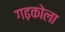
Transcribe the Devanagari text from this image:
गढ़कोला